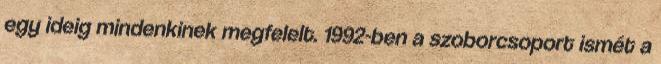
egy ideig mindenkinek megfelelt. 1992-ben a szoborcsoport ismét a